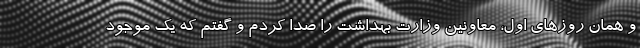
و همان روزهای اول، معاونین وزارت بهداشت را صدا کردم و گفتم که یک موجود